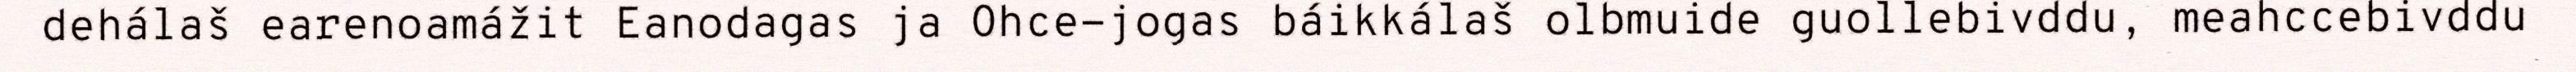
dehálaš earenoamážit Eanodagas ja Ohce-jogas báikkálaš olbmuide guollebivddu, meahccebivddu